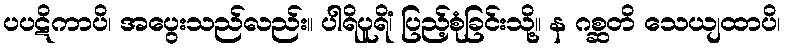
ပပဋိကာပိ၊ အပွေးသည်လည်း။ ပါရိပူရိံ၊ ပြည့်စုံခြင်းသို့။ န ဂစ္ဆတိ သေယျထာပိ၊